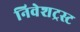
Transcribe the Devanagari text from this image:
निवेशट्रस्ट